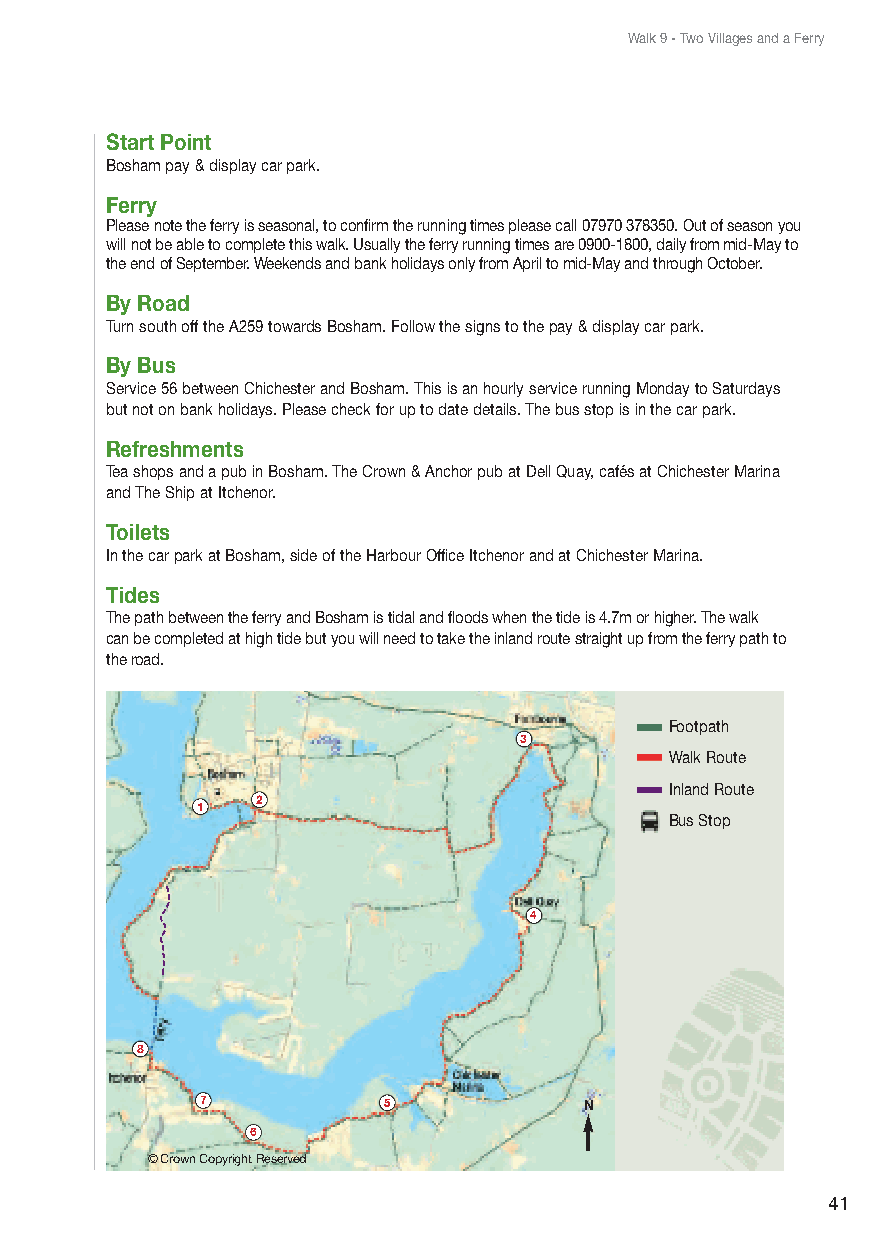
Walk 9 - Two Villages and a Ferry
 Start Point
 Bosham pay & display car park.
 Ferry
 Please note the ferry is seasonal, to confirm the running times please call 07970 378350. Out of season you
 will not be able to complete this walk. Usually the ferry running times are 0900-1800, daily from mid-May to
 the end of September. Weekends and bank holidays only from April to mid-May and through October.
 By Road
 Turn south off the A259 towards Bosham. Follow the signs to the pay & display car park.
 By Bus
 Service 56 between Chichester and Bosham. This is an hourly service running Monday to Saturdays
 but not on bank holidays. Please check for up to date details. The bus stop is in the car park.
 Refreshments
 Tea shops and a pub in Bosham. The Crown & Anchor pub at Dell Quay, cafés at Chichester Marina
 and The Ship at Itchenor.
 Toilets
 In the car park at Bosham, side of the Harbour Office Itchenor and at Chichester Marina.
 Tides
 The path between the ferry and Bosham is tidal and floods when the tide is 4.7m or higher. The walk
 can be completed at high tide but you will need to take the inland route straight up from the ferry path to
 the road.
 Footpath
 3
 Walk Route
 Inland Route
 2
 1
 Bus Stop
 4
 8
 7           5             N
 6
 © Crown Copyright Reserved
 41